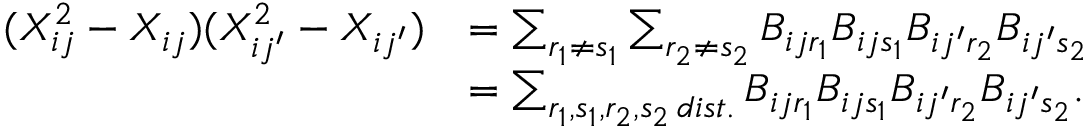
\begin{array} { r l } { ( X _ { i j } ^ { 2 } - X _ { i j } ) ( X _ { i j ^ { \prime } } ^ { 2 } - X _ { i j ^ { \prime } } ) } & { = \sum _ { r _ { 1 } \neq s _ { 1 } } \sum _ { r _ { 2 } \neq s _ { 2 } } B _ { i j r _ { 1 } } B _ { i j s _ { 1 } } B _ { i j ^ { \prime } r _ { 2 } } B _ { i j ^ { \prime } s _ { 2 } } } \\ & { = \sum _ { r _ { 1 } , s _ { 1 } , r _ { 2 } , s _ { 2 } \, d i s t . } B _ { i j r _ { 1 } } B _ { i j s _ { 1 } } B _ { i j ^ { \prime } r _ { 2 } } B _ { i j ^ { \prime } s _ { 2 } } . } \end{array}